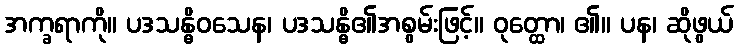
အက္ခရာကို။ ပဒသန္ဓိဝသေန၊ ပဒသန္ဓိ၏အစွမ်းဖြင့်။ ဝုတ္ထော၊ ၏။ ပန၊ ဆိုဖွယ်